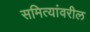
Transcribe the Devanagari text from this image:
समित्यांवरील